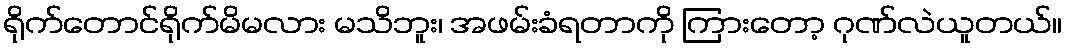
ရိုက်တောင်ရိုက်မိမလား မသိဘူး၊ အဖမ်းခံရတာကို ကြားတော့ ဂုဏ်လဲယူတယ်။